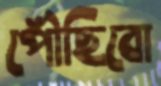
পৌঁছিবো